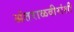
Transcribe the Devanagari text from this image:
अंतराळवीरांशी